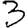
Digit: 3